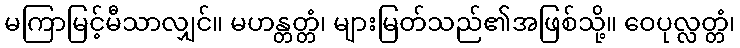
မကြာမြင့်မီသာလျှင်။ မဟန္တတ္တံ၊ များမြတ်သည်၏အဖြစ်သို့။ ဝေပုလ္လတ္တံ၊